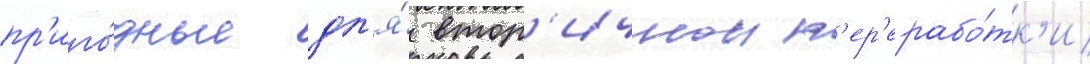
пр'иго́дные дл'я́ втор'ичнои п'ер'ерабо́тк'и